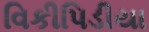
વિકીપિડીયા